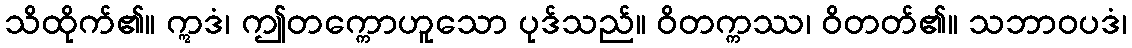
သိထိုက်၏။ ဣဒံ၊ ဤတက္ကောဟူသော ပုဒ်သည်။ ဝိတက္ကဿ၊ ဝိတတ်၏။ သဘာဝပဒံ၊